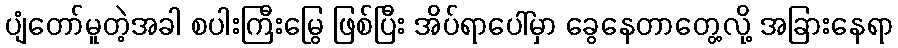
ပျံတော်မူတဲ့အခါ စပါးကြီးမြွေ ဖြစ်ပြီး အိပ်ရာပေါ်မှာ ခွေနေတာတွေ့လို့ အခြားနေရာ